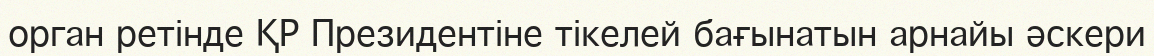
орган ретінде ҚР Президентіне тікелей бағынатын арнайы әскери